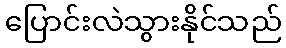
ပြောင်းလဲသွားနိုင်သည်